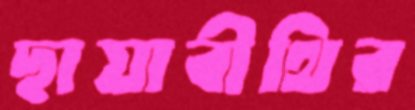
ছায়াবীথির